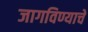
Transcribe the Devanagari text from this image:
जागविण्याचे